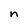
Character: n